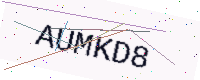
Text: AUMKD8